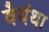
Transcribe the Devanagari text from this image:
वैयंथा